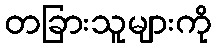
တခြားသူများကို